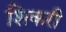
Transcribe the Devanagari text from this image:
शिकरी